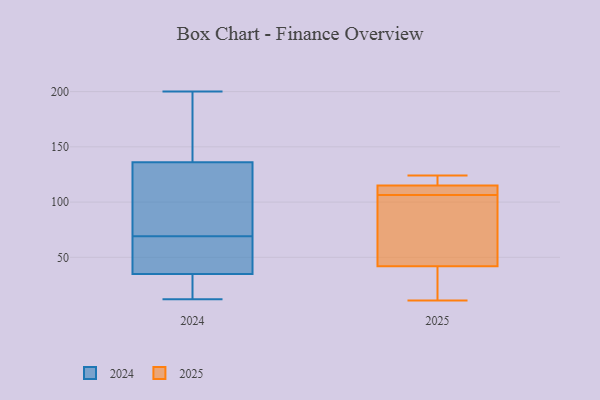
{"axis": {"x": "Latency (ms)", "y": "Value"}, "legend": ["2024", "2025"], "data": [{"x": "", "y": 115, "type": "2025"}, {"x": "", "y": 42, "type": "2025"}, {"x": "", "y": 103, "type": "2025"}, {"x": "", "y": 16, "type": "2025"}, {"x": "", "y": 111, "type": "2025"}, {"x": "", "y": 110, "type": "2025"}, {"x": "", "y": 11, "type": "2025"}, {"x": "", "y": 98, "type": "2025"}, {"x": "", "y": 124, "type": "2025"}, {"x": "", "y": 119, "type": "2025"}, {"x": "", "y": 136, "type": "2024"}, {"x": "", "y": 61, "type": "2024"}, {"x": "", "y": 114, "type": "2024"}, {"x": "", "y": 35, "type": "2024"}, {"x": "", "y": 149, "type": "2024"}, {"x": "", "y": 34, "type": "2024"}, {"x": "", "y": 200, "type": "2024"}, {"x": "", "y": 89, "type": "2024"}, {"x": "", "y": 17, "type": "2024"}, {"x": "", "y": 99, "type": "2024"}, {"x": "", "y": 60, "type": "2024"}, {"x": "", "y": 188, "type": "2024"}, {"x": "", "y": 183, "type": "2024"}, {"x": "", "y": 12, "type": "2024"}, {"x": "", "y": 39, "type": "2024"}, {"x": "", "y": 18, "type": "2024"}, {"x": "", "y": 59, "type": "2024"}, {"x": "", "y": 77, "type": "2024"}]}